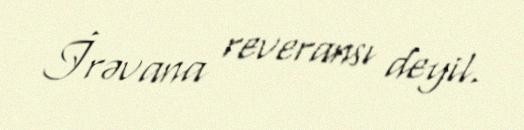
İrəvana reveransı deyil.